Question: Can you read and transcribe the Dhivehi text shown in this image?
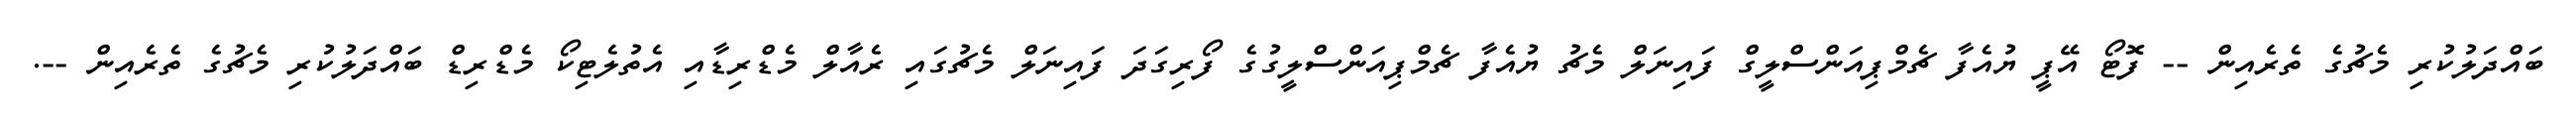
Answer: ބައްދަލުކުރި މެޗުގެ ތެރެއިން -- ފޮޓޯ އޭޕީ ޔުއެފާ ޗެމްޕިއަންސްލީގް ފައިނަލް މެޗު ޔުއެފާ ޗެމްޕިއަންސްލީގުގެ ފޯރިގަދަ ފައިނަލް މެޗުގައި ރެއާލް މެޑްރިޑާއި އެތުލެޓިކޯ މެޑްރިޑް ބައްދަލުކުރި މެޗުގެ ތެރެއިން --.